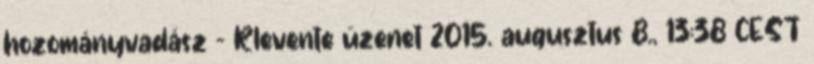
hozományvadász – Rlevente üzenet 2015. augusztus 8., 13:38 CEST